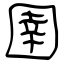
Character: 圉